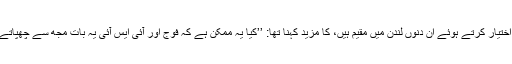
‘‘ پرویز مشرف، جو خود ساختہ جلاوطنی اختیار کرتے ہوئے ان دنوں لندن میں مقیم ہیں، کا مزید کہنا تھا: ’’کیا یہ ممکن ہے کہ فوج اور آئی ایس آئی یہ بات مجھ سے چھپاتے، نہیں سو مرتبہ نہیں، یہ ہو ہی نہیں سکتا۔